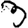
Digit: 3